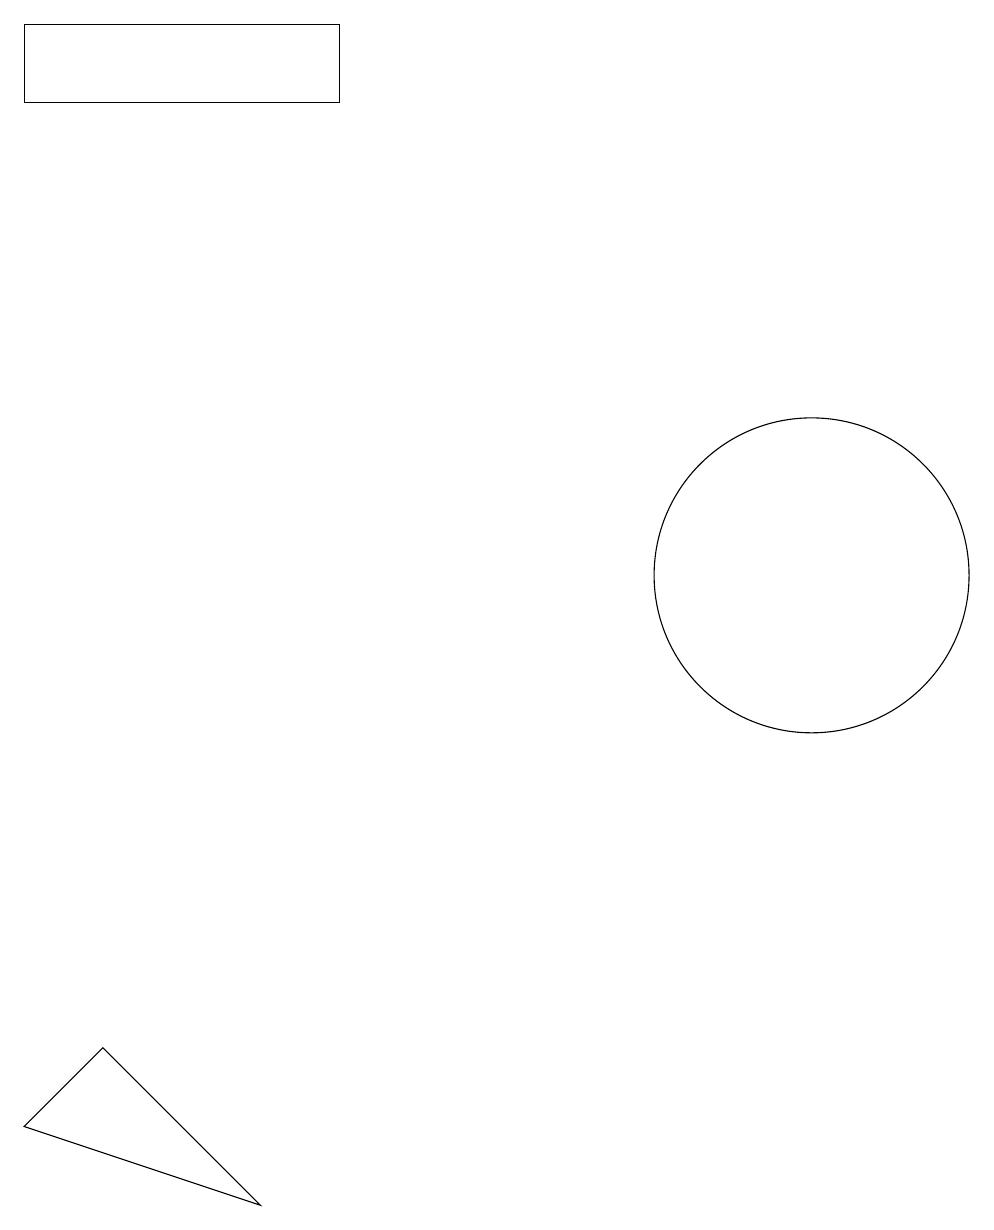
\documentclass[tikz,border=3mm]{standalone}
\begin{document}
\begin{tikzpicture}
\draw (0,3) -- (3,2) -- (1,4) -- cycle;
\draw (4,16) rectangle (0,17);
\draw (10,10) circle (2);
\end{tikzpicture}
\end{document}